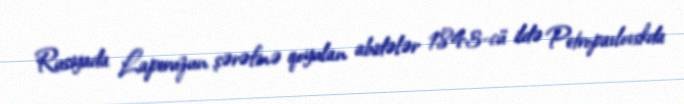
Rusiyada Laperuzun şərəfinə qoyulan abidələr 1843-cü ildə Petropavlovskda